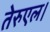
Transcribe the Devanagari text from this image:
तेरुएल।